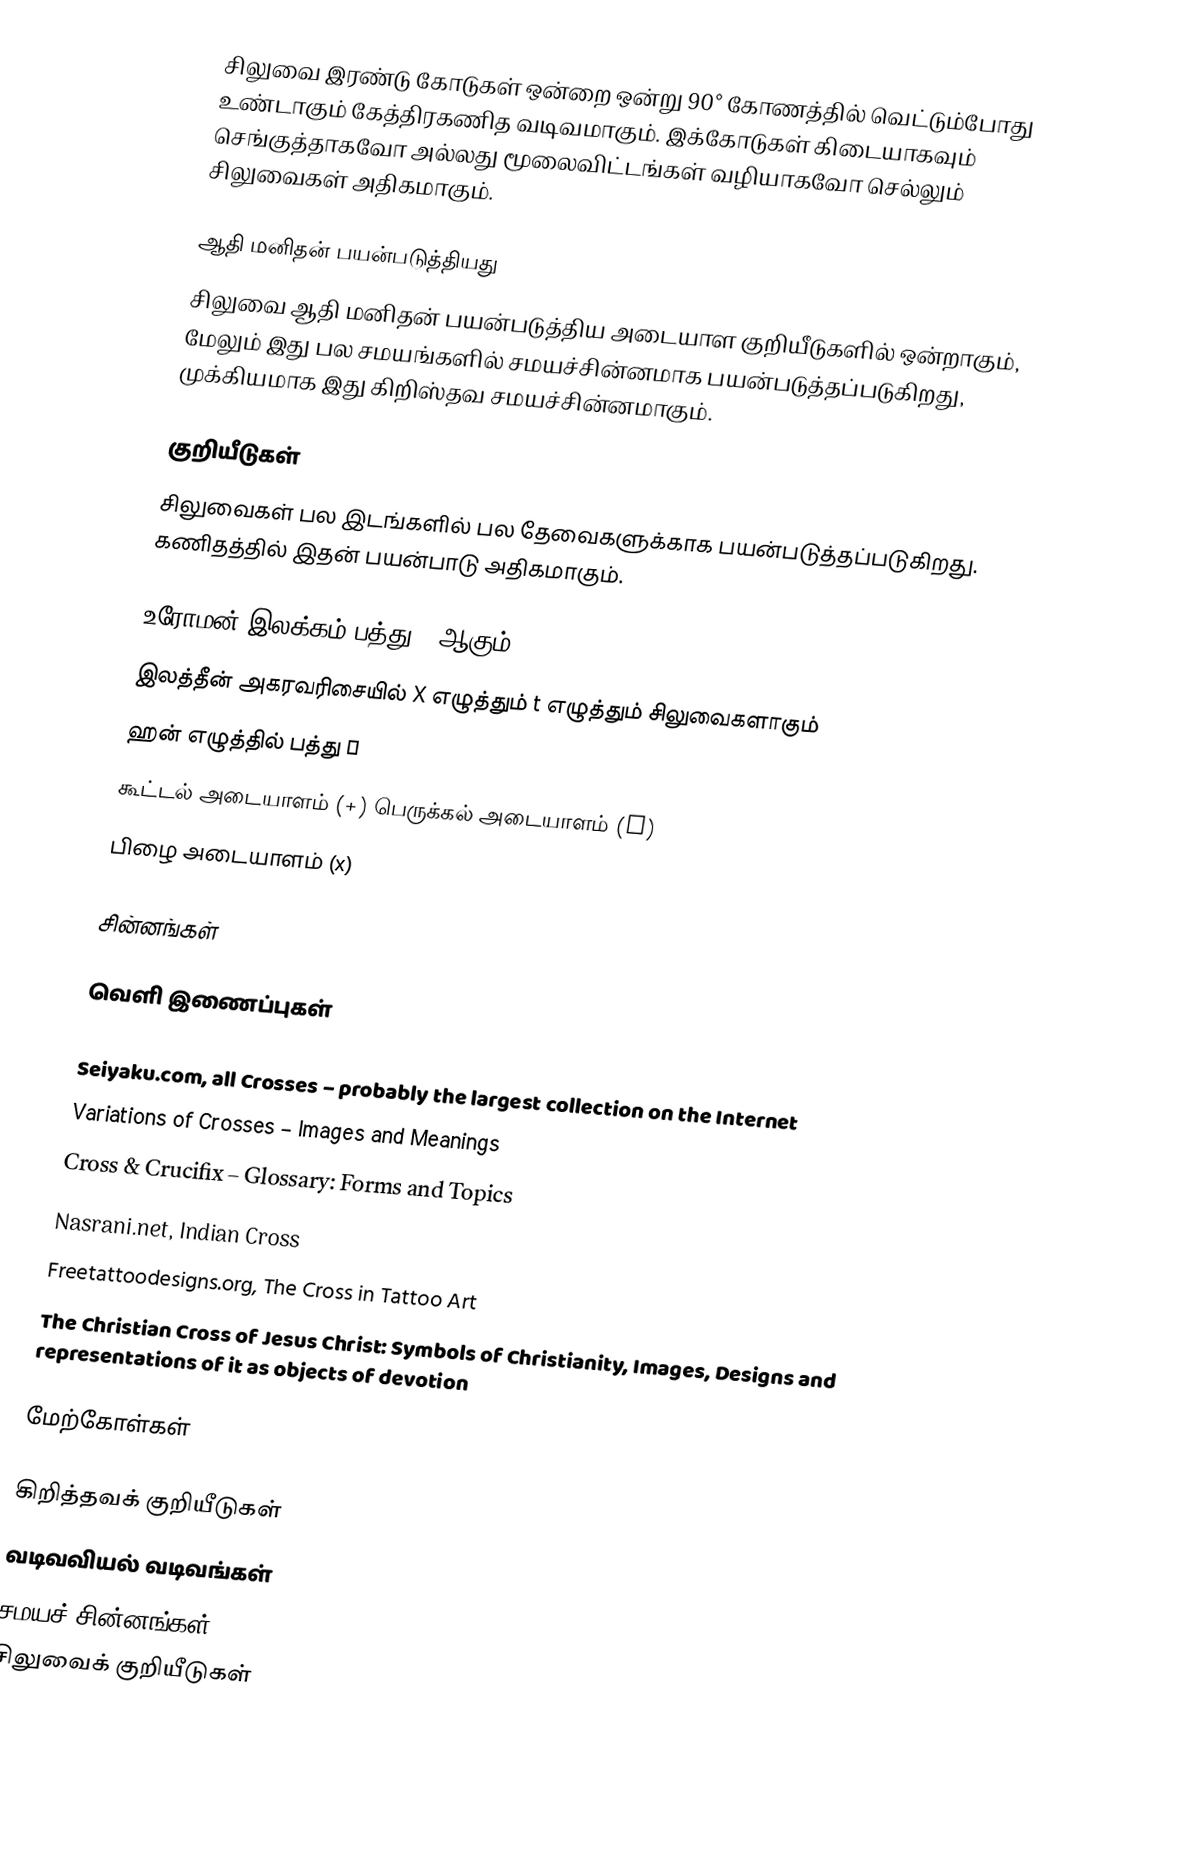
சிலுவை இரண்டு கோடுகள் ஒன்றை ஒன்று 90° கோணத்தில் வெட்டும்போது உண்டாகும் கேத்திரகணித வடிவமாகும். இக்கோடுகள் கிடையாகவும் செங்குத்தாகவோ அல்லது மூலைவிட்டங்கள் வழியாகவோ செல்லும் சிலுவைகள் அதிகமாகும்.

ஆதி மனிதன் பயன்படுத்தியது
சிலுவை ஆதி மனிதன் பயன்படுத்திய அடையாள குறியீடுகளில் ஒன்றாகும், மேலும் இது பல சமயங்களில் சமயச்சின்னமாக பயன்படுத்தப்படுகிறது, முக்கியமாக இது கிறிஸ்தவ சமயச்சின்னமாகும்.

குறியீடுகள்
சிலுவைகள் பல இடங்களில் பல தேவைகளுக்காக பயன்படுத்தப்படுகிறது. கணிதத்தில் இதன் பயன்பாடு அதிகமாகும்.

 உரோமன் இலக்கம் பத்து X ஆகும்.
 இலத்தீன் அகரவரிசையில் X எழுத்தும் t எழுத்தும் சிலுவைகளாகும்
 ஹன் எழுத்தில் பத்து 十
 கூட்டல் அடையாளம் (+) பெருக்கல் அடையாளம் (x)
 பிழை அடையாளம் (x)

சின்னங்கள்

வெளி இணைப்புகள்

 Seiyaku.com, all Crosses – probably the largest collection on the Internet
 Variations of Crosses – Images and Meanings
 Cross & Crucifix – Glossary: Forms and Topics
 Nasrani.net, Indian Cross
 Freetattoodesigns.org, The Cross in Tattoo Art
 The Christian Cross of Jesus Christ: Symbols of Christianity, Images, Designs and representations of it as objects of devotion

மேற்கோள்கள்

கிறித்தவக் குறியீடுகள்
வடிவவியல் வடிவங்கள்
சமயச் சின்னங்கள்
சிலுவைக் குறியீடுகள்